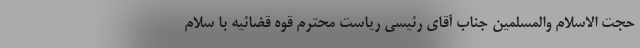
حجت الاسلام والمسلمین جناب آقای رئیسی ریاست محترم قوه قضائیه با سلام